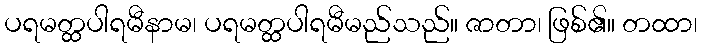
ပရမတ္ထပါရမီနာမ၊ ပရမတ္ထပါရမီမည်သည်။ ဇာတာ၊ ဖြစ်၏။ တထာ၊